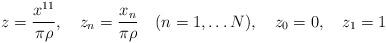
LaTeX: \begin{align*}z = \frac{x^{11}}{\pi \rho}, \quad z_{n} = \frac{x_{n}}{\pi \rho} \quad(n = 1, \ldots N), \quad z_{0} = 0, \quad z_{1} = 1\end{align*}